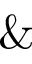
\&